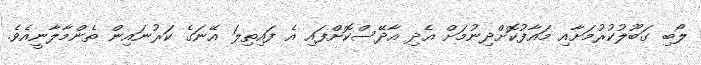
ލޯބި ގަބޫލުކުރުމަށާއި މައާފުކޮށްދިނުމަށް އެދި އާދޭސްކޮށްފައި އެ ފައިތިލަ އޭނަގެ ކަރުނައިން ތެންމާލާނީއެވެ.